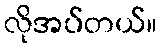
လိုအပ်တယ်။